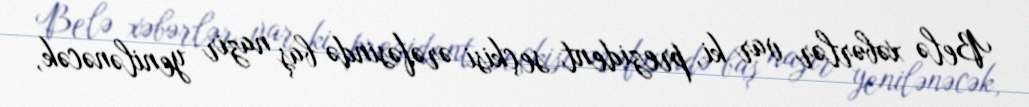
Belə xəbərlər var ki, prezident seçkisi ərəfəsində baş nazir yenilənəcək,